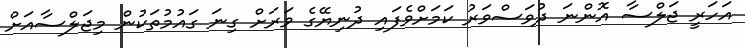
އަހަރީ ޖަލްސާ އޮންނަ ދުވަސްވަރު ކަމަށްވެފައި ދުނިޔޭގެ ވަރަށް ގިނަ ގައުމުތަކުން މިޖަލްސާއަށް